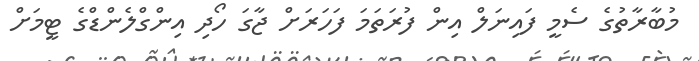
މުބާރާތުގެ ސެމީ ފައިނަލް އިން ފުރަތަމަ ފަހަރަށް ޖާގަ ހޯދި އިންގްލެންޑްގެ ޓީމަށް